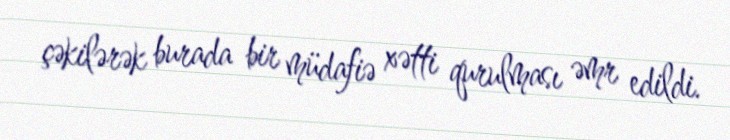
çəkilərək burada bir müdafiə xətti qurulması əmr edildi.